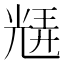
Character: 𭀮